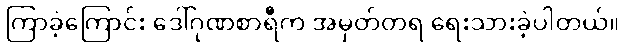
ကြာခဲ့ကြောင်း ဒေါ်ဂုဏစာရီက အမှတ်တရ ရေးသားခဲ့ပါတယ်။